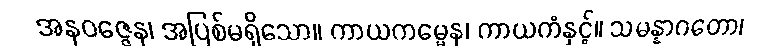
အနဝဇ္ဇေန၊ အပြစ်မရှိသော။ ကာယကမ္မေန၊ ကာယကံနှင့်။ သမန္နာဂတော၊